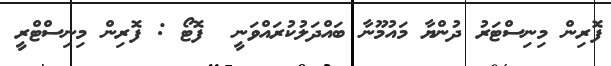
ފޮރިން މިނިސްޓަރު ދުންޔާ މައުމޫނާ ބައްދަލުކުރައްވަނީ  ފޮޓޯ : ފޮރިން މިނިސްޓްރީ